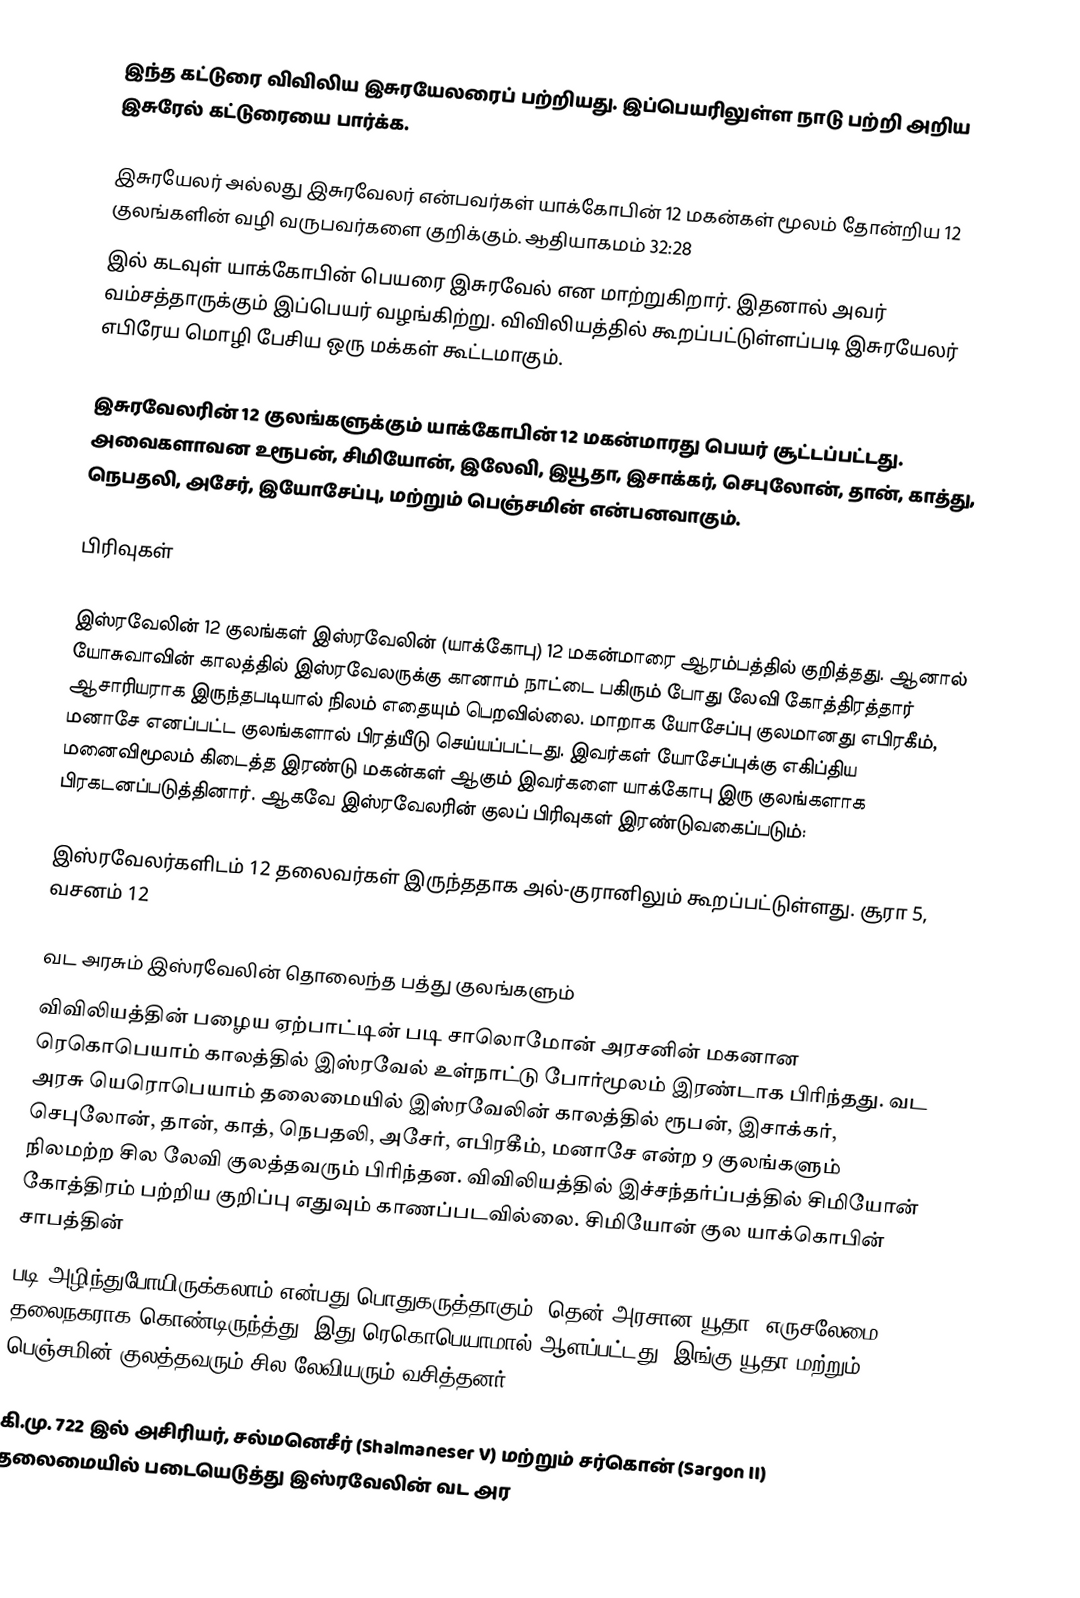
இந்த கட்டுரை விவிலிய இசுரயேலரைப் பற்றியது. இப்பெயரிலுள்ள நாடு பற்றி அறிய இசுரேல் கட்டுரையை பார்க்க.

இசுரயேலர் அல்லது இசுரவேலர் என்பவர்கள் யாக்கோபின் 12 மகன்கள் மூலம் தோன்றிய 12 குலங்களின் வழி வருபவர்களை குறிக்கும். ஆதியாகமம் 32:28
இல் கடவுள் யாக்கோபின் பெயரை இசுரவேல் என மாற்றுகிறார். இதனால் அவர் வம்சத்தாருக்கும் இப்பெயர் வழங்கிற்று. விவிலியத்தில் கூறப்பட்டுள்ளப்படி இசுரயேலர் எபிரேய மொழி பேசிய ஒரு மக்கள் கூட்டமாகும்.

இசுரவேலரின் 12 குலங்களுக்கும் யாக்கோபின் 12 மகன்மாரது பெயர் சூட்டப்பட்டது. அவைகளாவன உரூபன், சிமியோன், இலேவி, இயூதா, இசாக்கர், செபுலோன், தான், காத்து, நெபதலி, அசேர், இயோசேப்பு, மற்றும் பெஞ்சமின் என்பனவாகும்.

பிரிவுகள்

இஸ்ரவேலின் 12 குலங்கள் இஸ்ரவேலின் (யாக்கோபு) 12 மகன்மாரை ஆரம்பத்தில் குறித்தது. ஆனால் யோசுவாவின் காலத்தில் இஸ்ரவேலருக்கு கானாம் நாட்டை பகிரும் போது லேவி கோத்திரத்தார் ஆசாரியராக இருந்தபடியால் நிலம் எதையும் பெறவில்லை. மாறாக யோசேப்பு குலமானது எபிரகீம், மனாசே எனப்பட்ட குலங்களால் பிரத்யீடு செய்யப்பட்டது. இவர்கள் யோசேப்புக்கு எகிப்திய மனைவிமூலம் கிடைத்த இரண்டு மகன்கள் ஆகும் இவர்களை யாக்கோபு இரு குலங்களாக பிரகடனப்படுத்தினார். ஆகவே இஸ்ரவேலரின் குலப் பிரிவுகள் இரண்டுவகைப்படும்:

இஸ்ரவேலர்களிடம் 12 தலைவர்கள் இருந்ததாக அல்-குரானிலும் கூறப்பட்டுள்ளது. சூரா 5, வசனம் 12

வட அரசும் இஸ்ரவேலின் தொலைந்த பத்து குலங்களும்
விவிலியத்தின் பழைய ஏற்பாட்டின் படி சாலொமோன் அரசனின் மகனான ரெகொபெயாம் காலத்தில் இஸ்ரவேல் உள்நாட்டு போர்மூலம் இரண்டாக பிரிந்தது. வட அரசு யெரொபெயாம் தலைமையில் இஸ்ரவேலின்  காலத்தில் ரூபன், இசாக்கர், செபுலோன், தான், காத், நெபதலி, அசேர், எபிரகீம், மனாசே என்ற 9 குலங்களும் நிலமற்ற சில லேவி குலத்தவரும் பிரிந்தன.  விவிலியத்தில் இச்சந்தர்ப்பத்தில் சிமியோன் கோத்திரம் பற்றிய குறிப்பு எதுவும் காணப்படவில்லை. சிமியோன் குல யாக்கொபின் சாபத்தின்
படி அழிந்துபோயிருக்கலாம் என்பது பொதுகருத்தாகும். தென் அரசான யூதா, எருசலேமை தலைநகராக கொண்டிருந்த்து. இது ரெகொபெயாமால் ஆளப்பட்டது. இங்கு யூதா மற்றும் பெஞ்சமின் குலத்தவரும் சில லேவியரும் வசித்தனர்.

கி.மு. 722 இல் அசிரியர், சல்மனெசீர் (Shalmaneser V) மற்றும் சர்கொன் (Sargon II) தலைமையில் படையெடுத்து இஸ்ரவேலின் வட அர